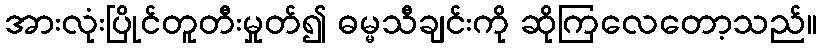
အားလုံးပြိုင်တူတီးမှုတ်၍ ဓမ္မသီချင်းကို ဆိုကြလေတော့သည်။